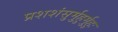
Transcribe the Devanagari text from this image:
प्रशशंसुर्मुहुर्मुहुः